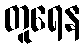
တူရေန